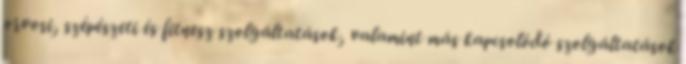
orvosi, szépészeti és fitnesz szolgáltatások, valamint más kapcsolódó szolgáltatások